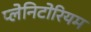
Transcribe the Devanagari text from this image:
प्लेनिटोरियम